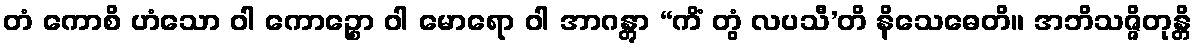
တံ ကောစိ ဟံသော ဝါ ကောဉ္စော ဝါ မောရော ဝါ အာဂန္တွာ “ကိံ တွံ လပသီ’တိ နိသေဓေတိ။ အဘိသဇ္ဇိတုန္တိ